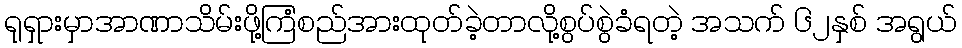
ရုရှားမှာအာဏာသိမ်းဖို့ကြံစည်အားထုတ်ခဲ့တာလို့စွပ်စွဲခံရတဲ့ အသက် ၆၂နှစ် အရွယ်